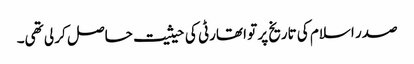
صدر اسلام کی تاریخ پر تو اتھارٹی کی حیثیت حاصل کر لی تھی۔